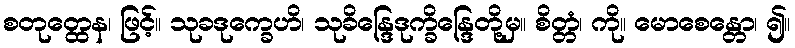
စတုတ္ထေန၊ ဖြင့်။ သုခဒုက္ခေဟိ၊ သုခိန္ဒြေဒုက္ခိန္ဒြေတို့မှ။ စိတ္တံ၊ ကို။ မောစေန္တော၊ ၍။